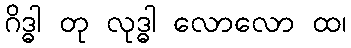
ဂိဒ္ဓါ တု လုဒ္ဓါ လောလော ထ၊